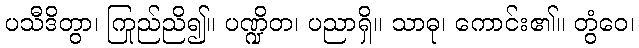
ပသီဒိတွာ၊ ကြည်ညို၍။ ပဏ္ဍိတ၊ ပညာရှိ။ သာဓု၊ ကောင်း၏။ တွံဝေ၊